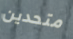
متحدين